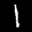
Label: 1